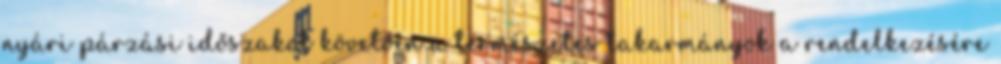
nyári párzási időszakot követően a természetes takarmányok a rendelkezésére